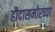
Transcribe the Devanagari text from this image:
हौदासमोरच्या